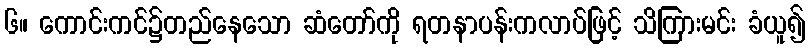
၆။ ကောင်းကင်၌တည်နေသော ဆံတော်ကို ရတနာပန်းကလာပ်ဖြင့် သိကြားမင်း ခံယူ၍